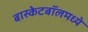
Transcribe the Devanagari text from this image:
बास्केटबॉलमध्ये